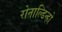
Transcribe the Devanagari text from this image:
रोनाल्डिन्हो